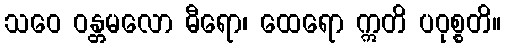
သဝေ ဝန္တမလော ဓီရော၊ ထေရော ဣတိ ပဝုစ္စတိ။